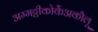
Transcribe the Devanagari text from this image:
अम्मट्टीकोर्केअकौलू